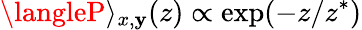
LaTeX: \langleP\rangle_{x,\mathbf{y}}(z)\propto\exp(-z/z^{*})